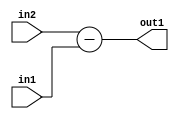
`timescale 1ps / 1ps
/*****************************************************************************
    Verilog RTL Description
    
    
    Created by: Stratus DpOpt 2019.1.01 
*******************************************************************************/

module st_feature_addr_gen_Sub_17Ux1U_18S_4 (
	in2,
	in1,
	out1
	); /* architecture "behavioural" */ 
input [16:0] in2;
input  in1;
output [17:0] out1;
wire [17:0] asc001;

assign asc001 = 
	+(in2)
	-(in1);

assign out1 = asc001;
endmodule

/* CADENCE  ubH5TQ8= : u9/ySgnWtBlWxVPRXgAZ4Og= ** DO NOT EDIT THIS LINE ******/